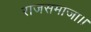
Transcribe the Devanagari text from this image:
राजसमाजा।।